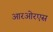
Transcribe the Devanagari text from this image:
आरओरएस